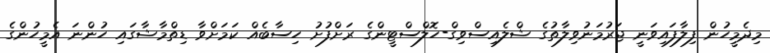
މިދެމީހުން ފިލާފައިވަނީ ޖަރުމަނުވިލާތުގެ ޝްލެއިސްވިގް-ހޮލްސްޓީންގެ ރަށްފުށު ހިސާބެއް ކަމަށްވާ ޑިތްމާޝާގައި ހުންނަ އެމީހުންގެ